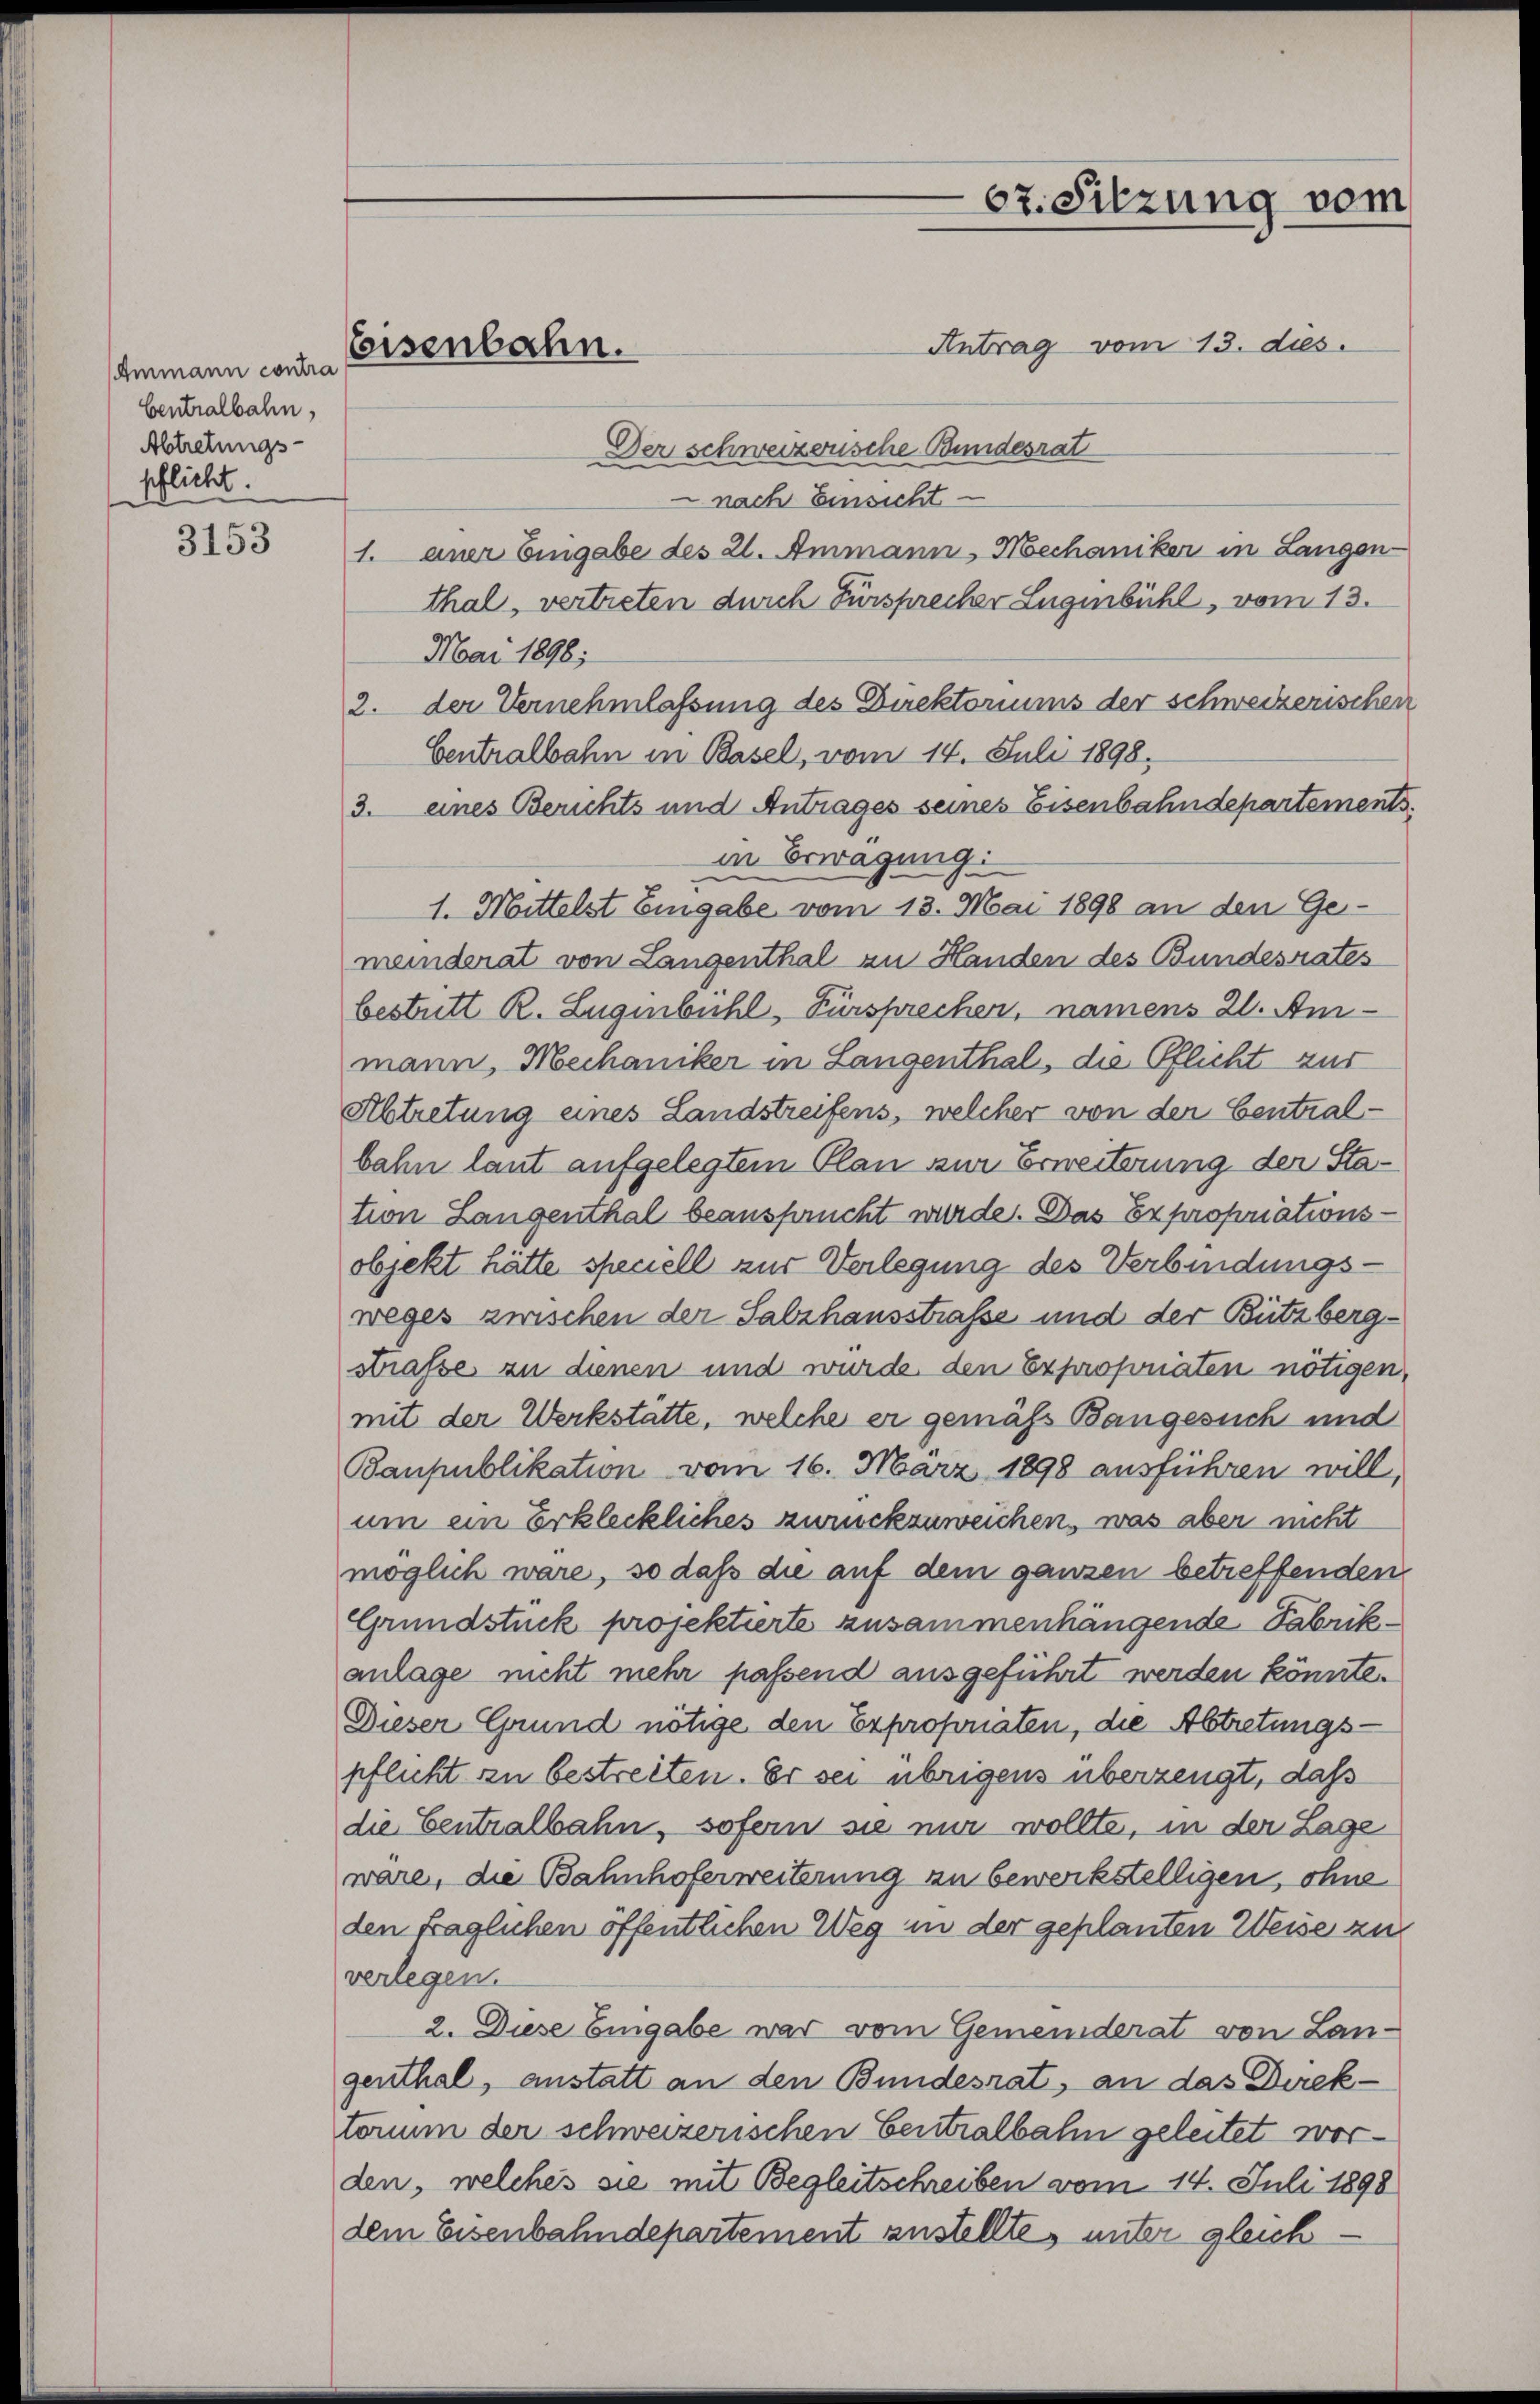
Ammann contra
Centralbahn,
Abtretungs-
pflicht.

3153

Antrag vom 13. ds.
Der schweizerische Bundesrat
 nach Einsicht
1. einer Eingabe des 21. Ammann, Mechaniker in Langen
thal, vertreten durch Fürsprecher Lugenbühl, vom 13.
Mai 1898;
2. der Vernehmlassung des Direktoriums der schweizerischen
Centralbahn in Basel, vom 14. Juli 1898.
3. eines Berichts und Antrages seines Eisenbahndepartements
in Erwägung:
1. Mittelst Eingabe vom 13. Mai 1898 an den Ge
meinderat von Langenthal zu Handen des Bundesrates
bestritt R. Zugenbühl, Fürsprecher, namens 20. Ammann, Mechaniker in Langenthal, die Pflicht zur
Abtretung eines Landstreifens, welcher von der Centralbahn laut aufgelegtem Plan zur Erweiterung der Station Langenthal beansprucht wurde. Das Expropriationsobjekt hätte speciell zur Verlegung des Verbindungs-
weges zwischen der Salzhausstraße und der Bützbergstraße zu dienen und wurde den Expropriaten nötigen,
mit der Werkstätte, welche er gemäß Bangesuch und
Banpublikation vom 16. März 1898 ausführen will,
um ein Erkleckliches zurückzuweichen, was aber nicht
möglich wäre, so daß die auf dem ganzen betreffenden
Grundstück projektierte zusammenhängende Fabrikanlage nicht mehr passend ausgeführt werden könnte.
Dieser Grund nötige den Exproponaten, die Abtretungspflicht zu bestreiten. Er sei übrigens überzeugt, daß
die Centralbahn, sofern sie mir wollte, in der Lage
wäre, die Bahnhoferweiterung zu bewerkstelligen, ohne
den fraglichen öffentlichen Weg in der geplanten Weise zu
verlegen.
2. Diese Engabe war vom Gemeinderat von Lan-
genthal, anstatt an den Bundesrat, an das Direktorum der schweizerischen Centralbahn geleitet worden, welches sie mit Begleitschreiben vom 14. Juli 1898
dem Eisenbahndepartement zustellte, unter gleich¬

Eisenbahn.

67. Sitzung vom